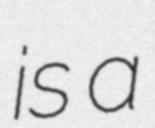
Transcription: is a